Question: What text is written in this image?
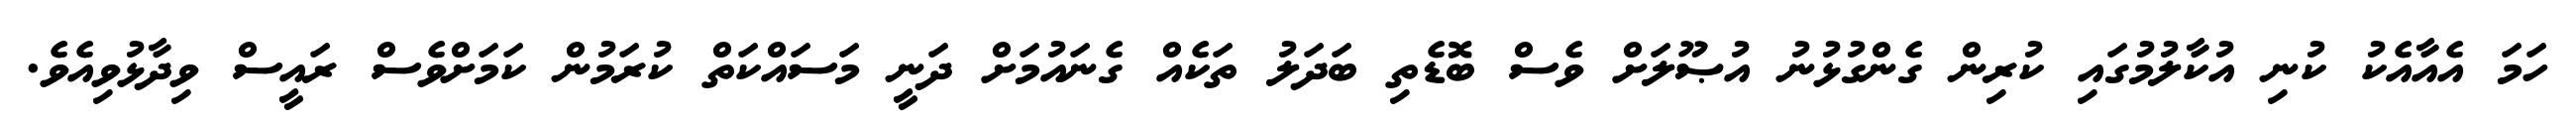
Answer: ހަމަ އެއާއެކު ކުނި އުކާލުމުގައި ކުރިން ގެންގުޅުނު އުޞޫލަށް ވެސް ބޮޑެތި ބަދަލު ތަކެއް ގެނައުމަށް ދަނީ މަސައްކަތް ކުރަމުން ކަމަށްވެސް ރައީސް ވިދާޅުވިއެވެ.